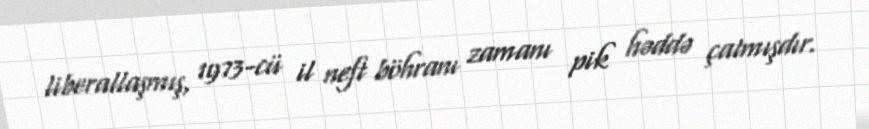
liberallaşmış, 1973-cü il neft böhranı zamanı pik həddə çatmışdır.